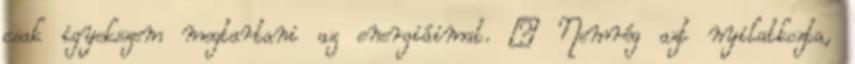
csak igyekszem megtartani az energiáimat. – Nemrég azt nyilatkozta,